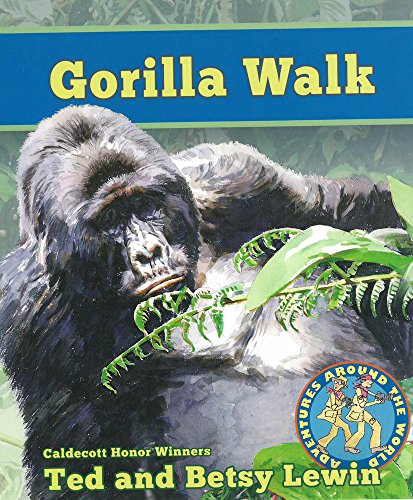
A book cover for Gorilla Walk Gorilla Walk (Adventures Around the World); Travel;